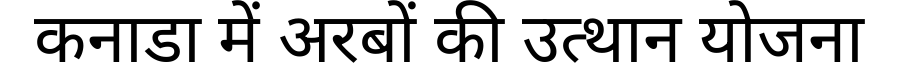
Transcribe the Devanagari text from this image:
कनाडा में अरबों की उत्थान योजना